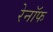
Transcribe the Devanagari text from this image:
रेनॉफ